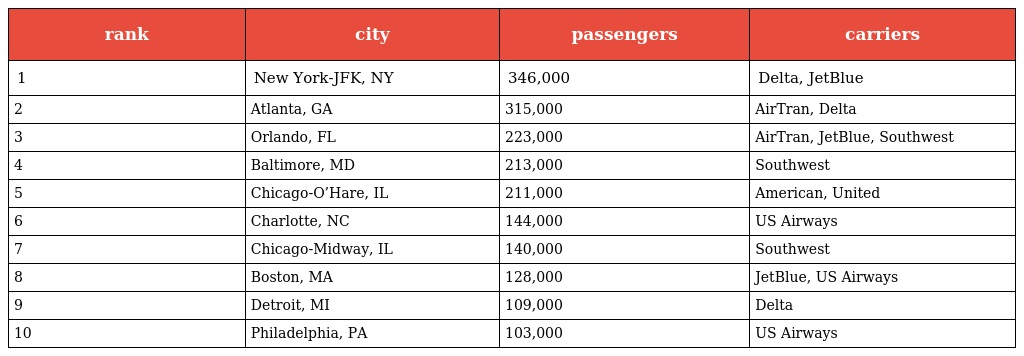
| rank | city | passengers | carriers |
 | --- | --- | --- | --- |
 | 1 | New York-JFK, NY | 346,000 | Delta, JetBlue |
 | 2 | Atlanta, GA | 315,000 | AirTran, Delta |
 | 3 | Orlando, FL | 223,000 | AirTran, JetBlue, Southwest |
 | 4 | Baltimore, MD | 213,000 | Southwest |
 | 5 | Chicago-O’Hare, IL | 211,000 | American, United |
 | 6 | Charlotte, NC | 144,000 | US Airways |
 | 7 | Chicago-Midway, IL | 140,000 | Southwest |
 | 8 | Boston, MA | 128,000 | JetBlue, US Airways |
 | 9 | Detroit, MI | 109,000 | Delta |
 | 10 | Philadelphia, PA | 103,000 | US Airways |